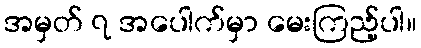
အမှတ် ၇ အပေါက်မှာ မေးကြည့်ပါ။